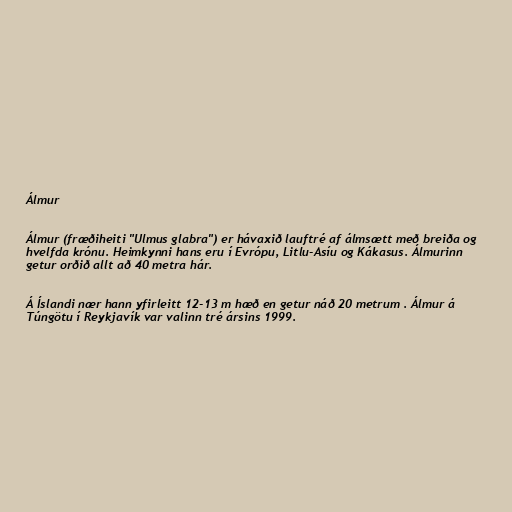
Álmur

Álmur (fræðiheiti "Ulmus glabra") er hávaxið lauftré af álmsætt með breiða og
hvelfda krónu. Heimkynni hans eru í Evrópu, Litlu-Asíu og Kákasus. Álmurinn
getur orðið allt að 40 metra hár.

Á Íslandi nær hann yfirleitt 12-13 m hæð en getur náð 20 metrum . Álmur á
Túngötu í Reykjavík var valinn tré ársins 1999.